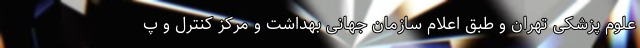
علوم پزشکی تهران و طبق اعلام سازمان جهانی بهداشت و مرکز کنترل و پ